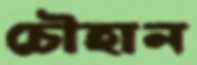
চৌহান